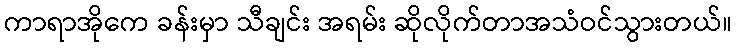
ကာရာအိုကေ ခန်းမှာ သီချင်း အရမ်း ဆိုလိုက်တာအသံဝင်သွားတယ်။